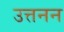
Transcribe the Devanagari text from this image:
उत्तनन